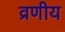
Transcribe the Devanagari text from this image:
व्रणीय